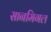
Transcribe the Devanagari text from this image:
सानमिगल